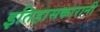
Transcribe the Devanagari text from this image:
इतिहासकारानी